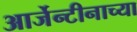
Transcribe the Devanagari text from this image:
आर्जेन्टीनाच्या